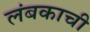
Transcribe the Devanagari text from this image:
लंबकाची